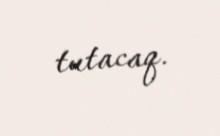
tutacaq.